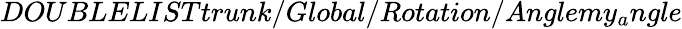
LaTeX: DOUBLELISTtrunk/Global/Rotation/Anglemy_{a}ngle